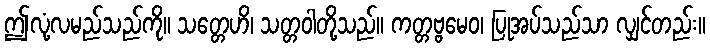
ဤလုံ့လမည်သည်ကို။ သတ္တေဟိ၊ သတ္တဝါတို့သည်။ ကတ္တဗ္ဗမေဝ၊ ပြုအပ်သည်သာ လျှင်တည်း။